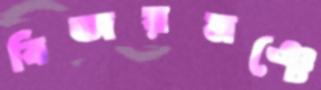
বিজয়মঞ্চে